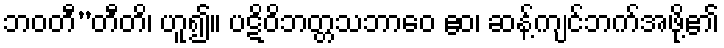
ဘဝတီ’’တီတိ၊ ဟူ၍။ ပဋိဝိဘတ္တသဘာဝေ ဧဝ၊ ဆန့်ကျင်ဘက်အဖို့၏